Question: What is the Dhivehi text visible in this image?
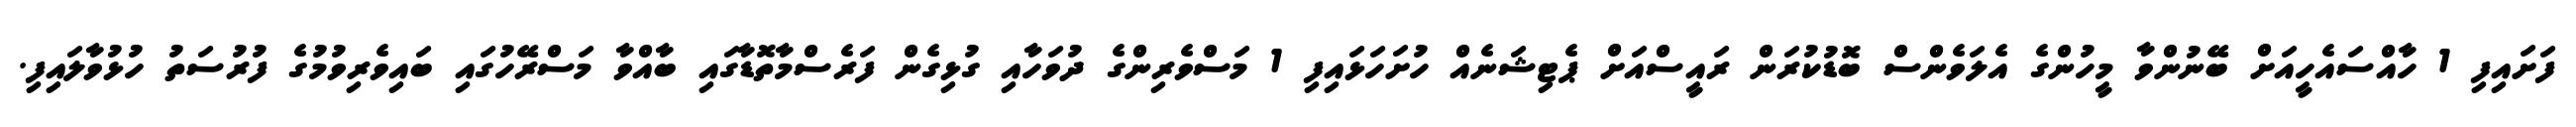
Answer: ފަށައިފި 1 ހާއްސައެހީއަށް ބޭނުންވާ މީހުންގެ އެލަވެންސް ބޮޑުކުރަން ރައީސްއަށް ޕެޓިޝަނެއް ހުށަހަޅައިފި 1 މަސްވެރިންގެ ދުވަހާއި ގުޅިގެން ފަރެސްމާތޮޑާގައި ބާއްވާ މަސްރޭހުގައި ބައިވެރިވުމުގެ ފުރުސަތު ހުޅުވާލައިފި.